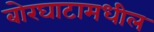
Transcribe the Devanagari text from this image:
बोरघाटामधील